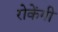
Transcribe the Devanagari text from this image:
रोकेंगी